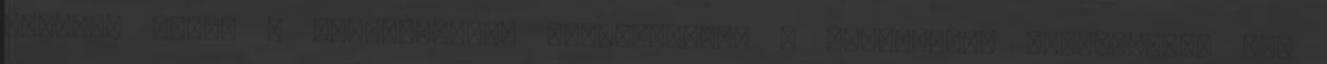
További hírek a Magyarország kategóriából A Szentlélek világosítsa meg